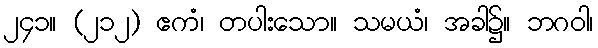
၂၄၁။ (၂၁၂) ဧကံ၊ တပါးသော။ သမယံ၊ အခါ၌။ ဘဂဝါ၊